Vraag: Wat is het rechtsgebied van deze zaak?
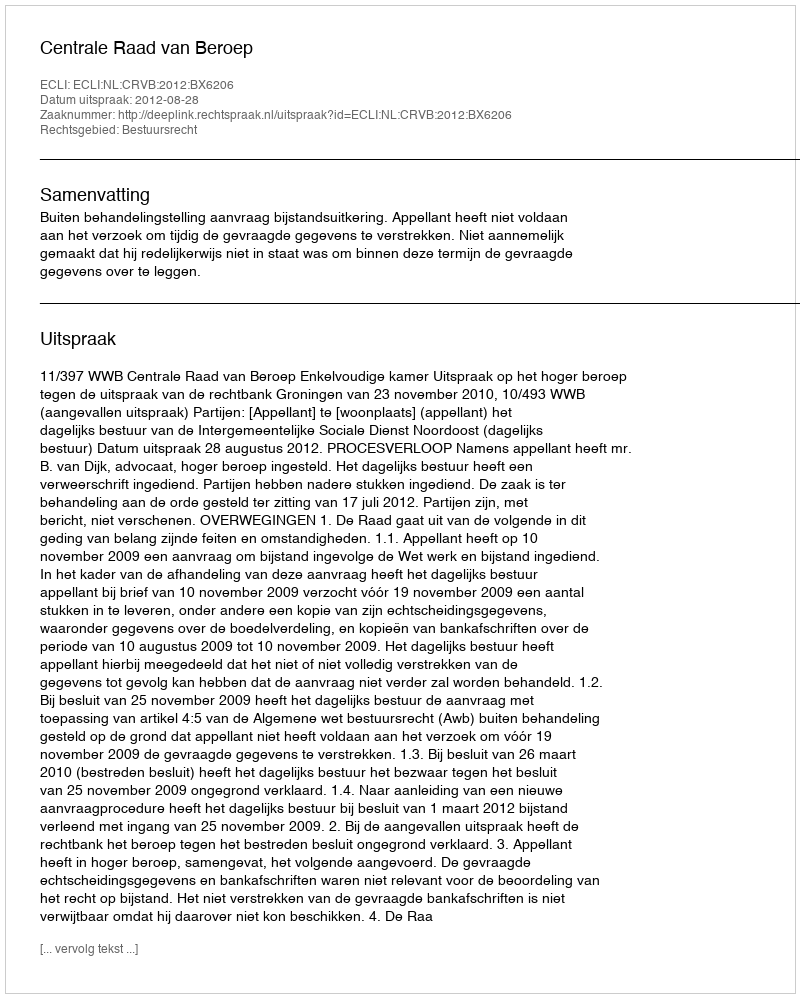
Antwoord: Bestuursrecht